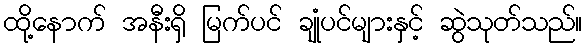
ထို့နောက် အနီးရှိ မြက်ပင် ချုံပင်များနှင့် ဆွဲသုတ်သည်။